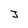
Character: J